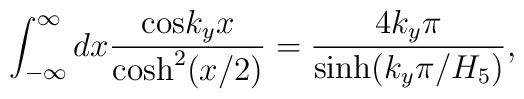
\int_{-\infty}^\infty dx {{\rm cos}{k_y x} \over {\rm cosh}^2(x/2)} = {4 k_y \pi \over {\rm sinh} (k_y \pi/H_5)},